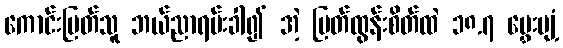
ကောင်းမြတ်သူ ဘယ်ညာရမ်းခါ၍ အဲ့ မြတ်ထွန်းစိတ်ထဲ ၁၈.၇ မွှေးပျံ့